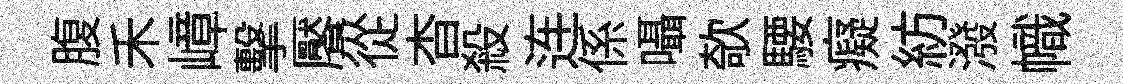
腹禾嶂擊饜從杳殺连係囁欹騕癡紡潑幟